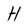
Character: H